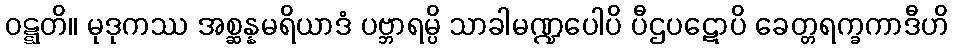
ဝဋ္ဋတိ။ မုဒုကဿ အစ္ဆန္နမရိယာဒံ ပဗ္ဘာရမ္ပိ သာခါမဏ္ဍပေါပိ ပီဌပဋောပိ ခေတ္တရက္ခကာဒီဟိ